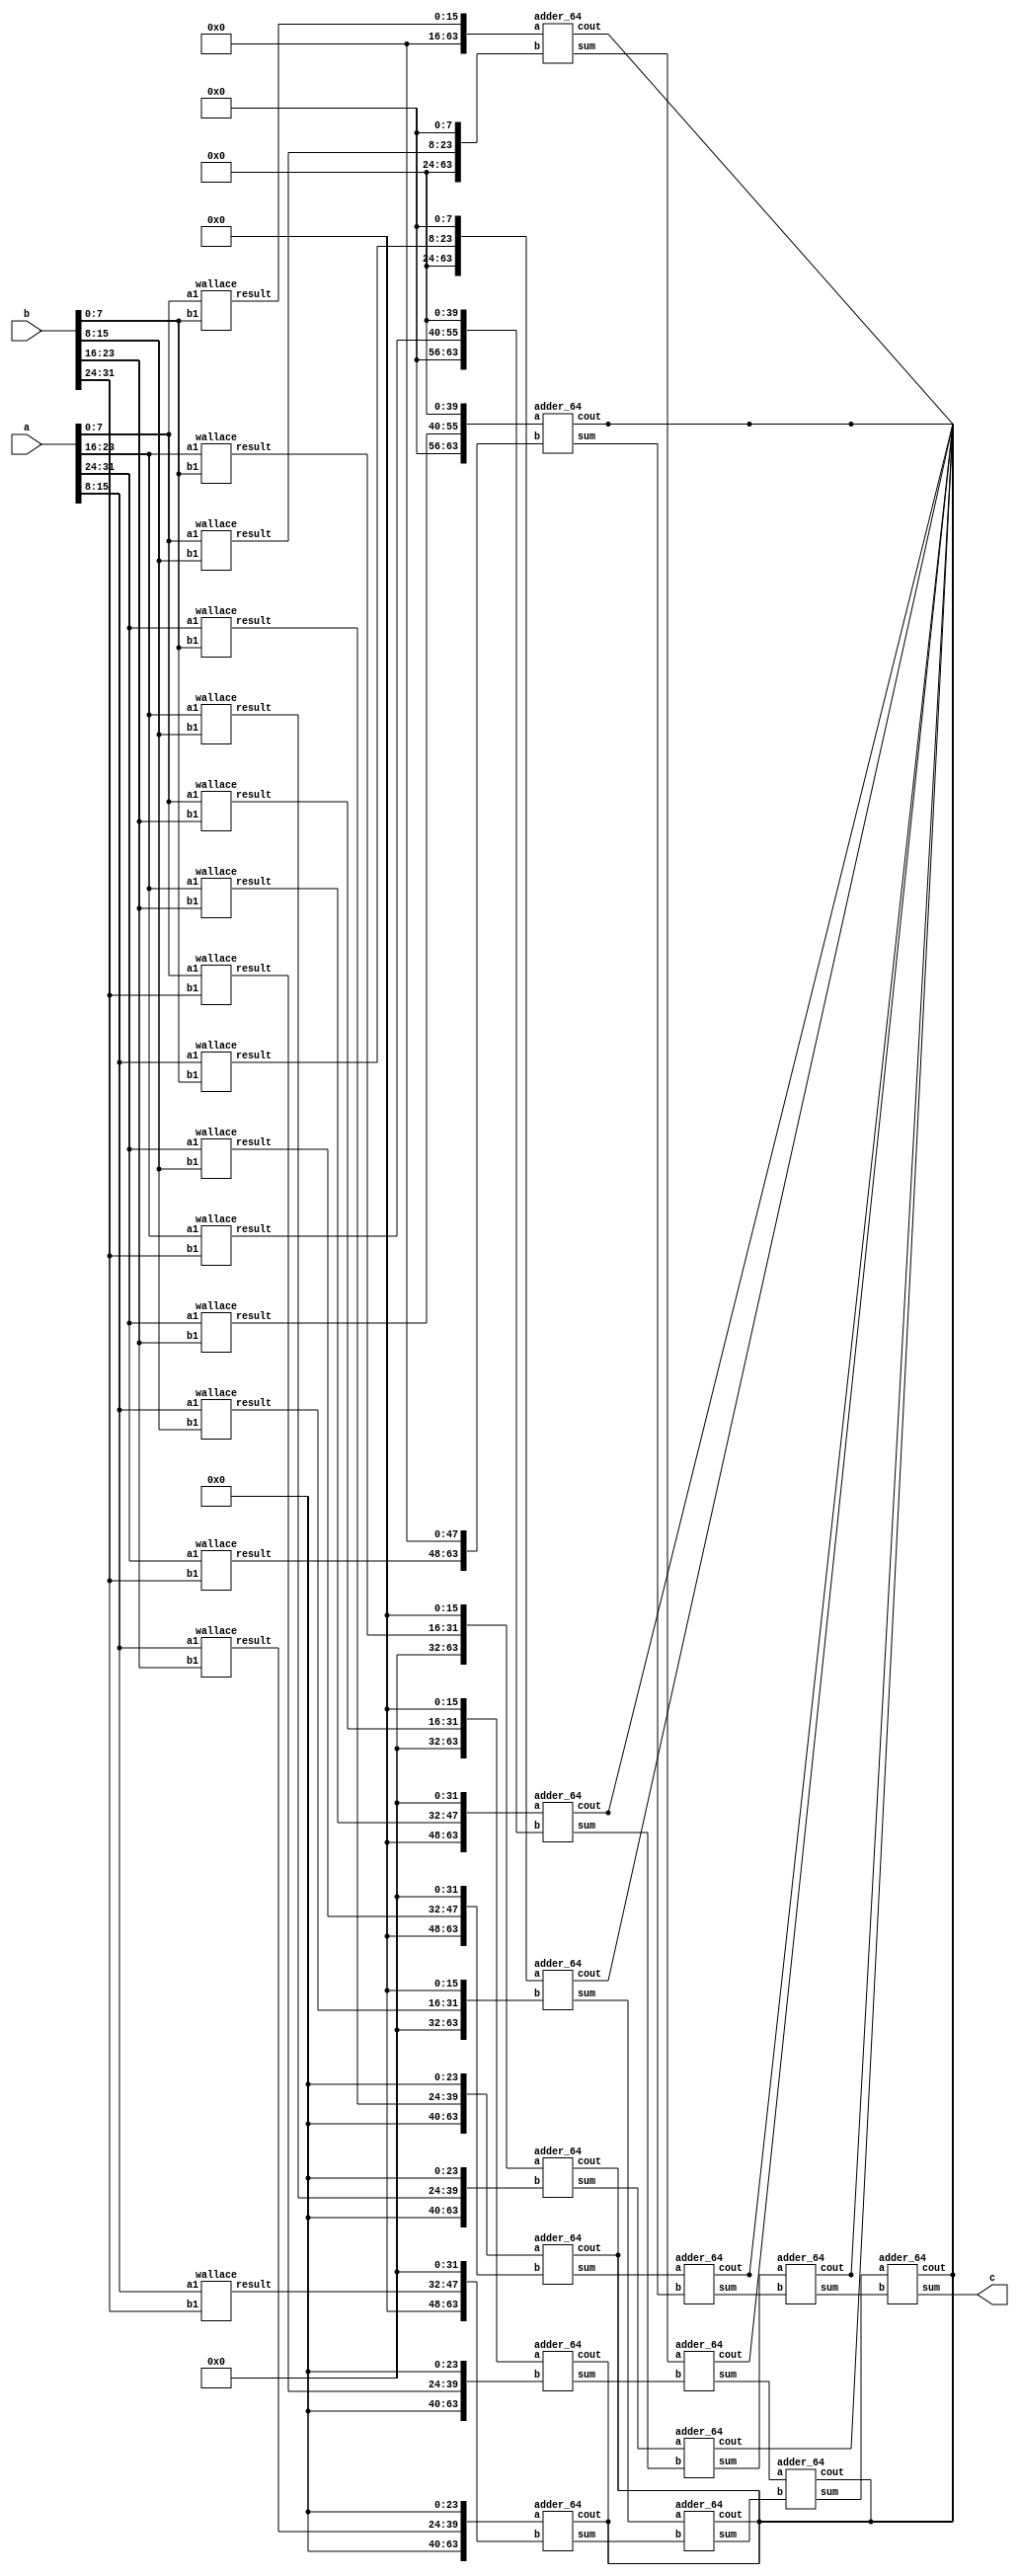

`timescale 1ns / 1ps


module Wallace_multiplier_64(a, b, c );
    
input signed [31:0]a;
input signed [31:0]b;
output signed [63:0]c;    

wire signed [7:0] am1, am2, am3, am4, am5, am6, am7, am8;
wire signed [63:0] man1, man2, man3, man4, man5, man6,  man7, man8;
wire signed [63:0] l1, l2, l3, l4, l5, l6, l7, l8, l9, l10, l11, l12, l13, l14, l15, l16;
wire signed [15:0] li1, li2, li3, li4, li5, li6, li7, li8, li9, li10, li11, li12, li13, li14, li15, li16;
wire signed [63:0] w1, w2, w3, w4, w5, w6;
wire w10;
assign am1[7:0] = a[7:0];
assign am2[7:0] = a[15:8];
assign am3[7:0] = a[23:16];
assign am4[7:0] = a[31:24];

assign am5[7:0] = b[7:0];
assign am6[7:0] = b[15:8];
assign am7[7:0] = b[23:16];
assign am8[7:0] = b[31:24];

wallace bc1(am1[7:0], am5[7:0], li1);
wallace bc2(am1, am6, li2);
wallace bc3(am1, am7, li3);
wallace bc4(am1, am8, li4);
wallace bc5(am2, am5, li5);
wallace bc6(am2, am6, li6);
wallace bc7(am2, am7, li7);
wallace bc8(am2, am8, li8);
wallace bc9(am3, am5, li9);
wallace bc10(am3, am6, li10);
wallace bc11(am3, am7, li11);
wallace bc12(am3, am8, li12);
wallace bc13(am4, am5, li13);
wallace bc14(am4, am6, li14);
wallace bc15(am4, am7, li15);
wallace bc16(am4, am8, li16);

assign l1 = {48'b0, li1[15:0]};
assign l2 = {40'b0, li2[15:0], 8'b0};
assign l5 = {40'b0, li5[15:0], 8'b0};
assign l6 = {40'b0, li6[15:0], 16'b0};
assign l9 = {40'b0, li9[15:0], 16'b0};
assign l3 = {40'b0, li3[15:0], 16'b0};
assign l4 = {32'b0, li4[15:0], 24'b0};
assign l7 = {32'b0, li7[15:0], 24'b0};
assign l10 = {24'b0, li10[15:0], 24'b0};
assign l13 = {24'b0, li13[15:0], 24'b0};
assign l11 = {16'b0, li11[15:0], 32'b0};
assign l14 = {16'b0, li14[15:0], 32'b0};
assign l8 =  {16'b0, li8[15:0], 32'b0};
assign l12 = {8'b0, li12[15:0], 40'b0};
assign l15 = {8'b0, li15[15:0], 40'b0};
assign l16 = {8'b0, li16[15:0], 48'b0};

adder_64 mc1(.a(l1), .b(l2), .sum(man1), .cout(w10));
adder_64 mc2(l3, l4, man2, w10);
adder_64 mc3(l5, l6, man3, w10);
adder_64 mc4(l7, l8, man4, w10);
adder_64 mc5(l9, l10, man5, w10);
adder_64 mc6(l11, l12, man6, w10);
adder_64 mc7(l13, l14, man7, w10);
adder_64 mc8(l15, l16, man8, w10);
adder_64 mc9(man1, man2, w1, w10);
adder_64 mc10(man3, man4, w2, w10);
adder_64 mc11(man5, man6, w3, w10);
adder_64 mc12(man7, man8, w4, w10);
adder_64 mc13(w1, w2, w5, w10);
adder_64 mc14(w3, w4, w6, w10);
adder_64 mc15(w5, w6, c, w10);

endmodule


`timescale 1ns / 1ps
//////////////////////////////////////////////////////////////////////////////////
// Company: 
// Engineer: 
// 
// Design Name: 
// Module Name:    wallace 
// Project Name: 
// Target Devices: 
// Tool versions: 
// Description: 
//
// Dependencies: 
//
// Revision: 
// Revision 0.01 - File Created
// Additional Comments: 
//
//////////////////////////////////////////////////////////////////////////////////
`timescale 1ns / 1ps


module fulladder( a,b,cin, sum, carry );
    input signed a;
    input signed b;
    input signed cin;
    output signed sum;
    output carry;
    
    wire signed t1,t2,t3;
   xor (sum, a, b, cin);
   and  (t1, a, b);
   and  (t2, b, cin);
   and (t3, a, cin);
   or (carry, t1, t2, t3);
    
endmodule

module halfadder(a,b,sum, carry);
    input a;
    input b;
    output carry;
    output signed sum;
    
    wire signed t2,t3,t4,t5;
    and g1(carry,a,b);
    not g3(t2,a);
    not g4(t3,b);
    and g5(t4,t2,b);
    and g6(t5,t3,a);
    or g7(sum,t4,t5);
    
endmodule


module wallace(input signed [7:0] a1, b1, output signed [15:0] result
    );
	 
	 wire signed [7:0] p0,p1,p2,p3,p4,p5,p6,p7;
	 wire signed [7:0] r1, r2, r3, r4, r5, r6, r7, r8;
	 wire signed [64:0] cr;
	 wire signed [53:0] s;
	 
	 

	 assign r1[7:0] =  {8{b1[0]}};
	 assign r2[7:0] =  {8{b1[1]}};
	 assign r3[7:0] =  {8{b1[2]}};
	 assign r4[7:0] =  {8{b1[3]}};
	 assign r5[7:0] =  {8{b1[4]}};
	 assign r6[7:0] =  {8{b1[5]}};
	 assign r7[7:0] =  {8{b1[6]}};
	 assign r8[7:0] =  {8{b1[7]}};
	 
	 assign p0=a1&r1;
	 assign p1=a1&r2;
	 assign p2=a1&r3;
	 assign p3=a1&r4;
	 assign p4=a1&r5;
	 assign p5=a1&r6;
	 assign p6=a1&r7;
	 assign p7=a1&r8;
	
	assign result[0] = p0[0];
	halfadder a1241(p0[1], p1[0], s[1], cr[1]);
	fulladder a2(p0[2], p1[1], p2[0], s[2], cr[2]);
	fulladder a3(p0[3], p1[2], p2[1], s[3], cr[3]);
	fulladder a4(p0[4], p1[3], p2[2], s[4], cr[4]);	
	halfadder a5(p3[1], p4[0], s[10], cr[10]);
	fulladder a6(p0[5], p1[4], p2[3], s[5], cr[5]);
	fulladder a7(p3[2], p4[1], p5[0], s[11], cr[11]);
	fulladder a8(p0[6], p1[5], p2[4], s[6], cr[6]);
	fulladder a9(p3[3], p4[2], p5[1], s[12], cr[12]);
	fulladder a10(p0[7], p1[6], p2[5], s[7], cr[7]);
	fulladder a11(p3[4], p4[3], p5[2], s[13], cr[13]);
	halfadder a12(p1[7], p2[6], s[8], cr[8]);
	fulladder a13(p3[5], p4[4], p5[3], s[14], cr[14]);
	fulladder a14(p2[7], p3[6], p4[5], s[9], cr[9]);
	fulladder a15(p3[7], p4[6], p5[5], s[15], cr[15]);
	halfadder a16(p4[7], p5[6], s[16], cr[16]);	

	assign result[1] = s[1];
	halfadder a17(s[2], cr[1], s[17], cr[17]);
	fulladder a18(s[3], cr[2], p3[0], s[18], cr[18]);
	fulladder a19(s[4], cr[3], s[10], s[19], cr[19]);		
	fulladder a20(s[5], cr[4], s[11], s[20], cr[20]);
	fulladder a21(s[6], cr[5], s[12], s[21], cr[21]);  	
	fulladder a22(s[7], cr[6], s[13], s[22], cr[22]);
	fulladder a23(s[8], cr[7], s[14], s[23], cr[23]);
	fulladder a24(s[9], cr[8], cr[14], s[24], cr[24]);
	fulladder a25(cr[9], p6[4], p7[3], s[29], cr[29]);		
	fulladder a26(cr[15], p6[5], p7[4], s[30], cr[30]);
	fulladder a27(p5[7], p6[6], p7[5], s[31], cr[31]);
	halfadder a28(p6[7], p7[6], s[32], cr[32]);
	halfadder a29(p6[0], cr[11], s[25], cr[25]);
	fulladder a30(cr[12], p6[1], p7[0], s[26], cr[26]);
	fulladder a31(cr[13], p6[2], p7[1], s[27], cr[27]);
	fulladder a32(p5[4], p6[3], p7[2], s[28], cr[28]);

	assign result[2] = s[17];
	halfadder a33(s[18], cr[17], s[33], cr[33]);
	halfadder a34(s[19], cr[18], s[34], cr[34]);
	fulladder a35(s[20], cr[19], cr[10], s[35], cr[35]);
	fulladder a36(s[21], cr[20], s[25], s[36], cr[36]);
	fulladder a37(s[22], cr[21], s[26], s[37], cr[37]);
	fulladder a38(s[23], cr[22], s[27], s[38], cr[38]);
	fulladder a39(s[24], cr[23], s[28], s[39], cr[39]);
	fulladder a40(s[15], cr[24], s[29], s[40], cr[40]);
	halfadder a41(s[16], s[30], s[41], cr[41]);
	halfadder a42(cr[16], s[31], s[42], cr[42]);
	
	assign result[3] = s[33];
	halfadder a43(s[34], cr[33], s[43], cr[43]);
	halfadder a44(s[35], cr[34], s[44], cr[44]);
	halfadder a45(s[36], cr[35], s[45], cr[45]);
	fulladder a46(s[37], cr[36], cr[25], s[46], cr[46]);
	fulladder a47(s[38], cr[37], cr[26], s[47], cr[47]);	
	fulladder a48(s[39], cr[38], cr[27], s[48], cr[48]);
	fulladder a49(s[40], cr[39], cr[28], s[49], cr[49]);	
	fulladder a50(s[41], cr[40], cr[29], s[50], cr[50]);	
	fulladder a51(s[42], cr[30], cr[41], s[51], cr[51]);	
	fulladder a52(cr[42], s[32], cr[31], s[52], cr[52]);	
	halfadder a53(p7[7], cr[32], s[53], cr[53]);
	
	assign result[4] = s[43];
	halfadder a54(s[44], cr[43], result[5], cr[54]);
	fulladder a55(s[45], cr[44], cr[54], result[6], cr[55]);	
	fulladder a56(s[46], cr[45], cr[55], result[7], cr[56]);
	fulladder a57(s[47], cr[46], cr[56], result[8], cr[57]);
	fulladder a58(s[48], cr[47], cr[57], result[9], cr[58]);
	fulladder a59(s[49], cr[48], cr[58], result[10], cr[59]);
	fulladder a60(s[50], cr[49], cr[59], result[11], cr[60]);
	fulladder a61(s[51], cr[50], cr[60], result[12], cr[61]);
	fulladder a62(s[52], cr[51], cr[61], result[13], cr[62]);
	fulladder a63(s[53], cr[52], cr[62], result[14], cr[63]);
	assign result[15] = cr[53];
      
	 
endmodule

module adder_64( a, b, sum, cout);
input signed [63:0]a; 
input signed [63:0]b;
output signed [63:0]sum;
output cout;

wire signed t1,t2, t3,t4, t5, t6, t7, t8, t9, t10, t11, t12, t13, t14, t15, t16, t17, t18, t19, t20, t21, t22, t23, t24, t25, t26, t27, t28, t29, t30, t31, t32, t33, t34, t35, t36, t37, t38, t39, t40, t41, t42, t43, t44, t45, t46, t47, t48, t49, t50, t51, t52, t53, t54, t55, t56, t57, t58, t59, t60, t61, t62, t63, t64; 
halfadder f1(a[0], b[0], sum[0], t1);
fulladder f2(a[1], b[1], t1, sum[1], t2);
fulladder f3(a[2], b[2], t2, sum[2], t3);
fulladder f4(a[3], b[3], t3, sum[3], t4);
fulladder f5(a[4], b[4], t4, sum[4], t5);
fulladder f6(a[5], b[5], t5, sum[5], t6);
fulladder f7(a[6], b[6], t6, sum[6], t7);
fulladder f8(a[7], b[7], t7, sum[7], t8);
fulladder f9(a[8], b[8], t8, sum[8], t9);
fulladder f10(a[9], b[9], t9, sum[9], t10);
fulladder f11(a[10], b[10], t10, sum[10], t11);
fulladder f12(a[11], b[11], t11, sum[11], t12);
fulladder f13(a[12], b[12], t12, sum[12], t13);
fulladder f14(a[13], b[13], t13, sum[13], t14);
fulladder f15(a[14], b[14], t14, sum[14], t15);
fulladder f16(a[15], b[15], t15, sum[15], t16);
fulladder f21(a[16], b[16], t16, sum[16], t17);
fulladder f22(a[17], b[17], t17, sum[17], t18);
fulladder f23(a[18], b[18], t18, sum[18], t19);
fulladder f24(a[19], b[19], t19, sum[19], t20);
fulladder f25(a[20], b[20], t20, sum[20], t21);
fulladder f26(a[21], b[21], t21, sum[21], t22);
fulladder f27(a[22], b[22], t22, sum[22], t23);
fulladder f28(a[23], b[23], t23, sum[23], t24);
fulladder f119(a[24], b[24], t24, sum[24], t25);
fulladder f29(a[25], b[25], t25, sum[25], t26);
fulladder f30(a[26], b[26], t26, sum[26], t27);
fulladder f31(a[27], b[27], t27, sum[27], t28);
fulladder f32(a[28], b[28], t28, sum[28], t29);
fulladder f33(a[29], b[29], t29, sum[29], t30);
fulladder f34(a[30], b[30], t30, sum[30], t31);
fulladder f35(a[31], b[31], t31, sum[31], t32);
fulladder f36(a[32], b[32], t32, sum[32], t33);
fulladder f37(a[33], b[33], t33, sum[33], t34);
fulladder f38(a[34], b[34], t34, sum[34], t35);
fulladder f55(a[35], b[35], t35, sum[35], t36);
fulladder f56(a[36], b[36], t36, sum[36], t37);
fulladder f455(a[37], b[37], t37, sum[37], t38);
fulladder f56434(a[38], b[38], t38, sum[38], t39);
fulladder f45641(a[39], b[39], t39, sum[39], t40);
fulladder f145(a[40], b[40], t40, sum[40], t41);
fulladder f472(a[41], b[41], t41, sum[41], t42);
fulladder f42(a[42], b[42], t42, sum[42], t43);
fulladder f45(a[43], b[43], t43, sum[43], t44);
fulladder f542(a[44], b[44], t44, sum[44], t45);
fulladder f53(a[45], b[45], t45, sum[45], t46);
fulladder f94(a[46], b[46], t46, sum[46], t47);
fulladder f244(a[47], b[47], t47, sum[47], t48);
fulladder f412(a[48], b[48], t48, sum[48], t49);
fulladder f152(a[49], b[49], t49, sum[49], t50);
fulladder f2114(a[50], b[50], t50, sum[50], t51);
fulladder f174(a[51], b[51], t51, sum[51], t52);
fulladder f172(a[52], b[52], t52, sum[52], t53);
fulladder f54(a[53], b[53], t53, sum[53], t54);
fulladder f564(a[54], b[54], t54, sum[54], t55);
fulladder f456(a[55], b[55], t55, sum[55], t56);
fulladder f345(a[56], b[56], t56, sum[56], t57);
fulladder f435(a[57], b[57], t57, sum[57], t58);
fulladder f451(a[58], b[58], t58, sum[58], t59);
fulladder fd4(a[59], b[59], t59, sum[59], t60);
fulladder fdsf(a[60], b[60], t60, sum[60], t61);
fulladder fd412(a[61], b[61], t61, sum[61], t62);
fulladder fds(a[62], b[62], t62, sum[62], t63);
fulladder fdf(a[63], b[63], t63, sum[63], cout);

endmodule